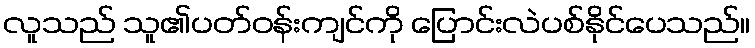
လူသည် သူ၏ပတ်ဝန်းကျင်ကို ပြောင်းလဲပစ်နိုင်ပေသည်။